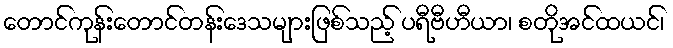
တောင်ကုန်းတောင်တန်းဒေသများဖြစ်သည့် ပရီဗီဟီယာ၊ စတိုအင်ထယင်၊